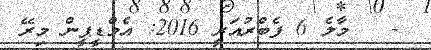
-   މާލެ 6 ފެބްރުއަރީ 2016: އެމްޑީޕީން މިރޭ